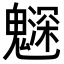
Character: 𩴙